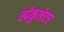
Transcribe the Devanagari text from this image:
स्पेकुलेटर